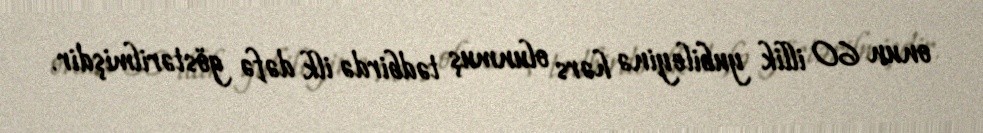
onun 60 illik yubileyinə hərs olunmuş tədbirdə ilk dəfə göstərilmişdir.